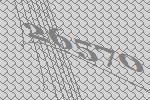
26570